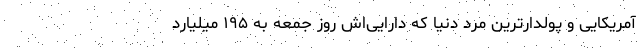
آمریکایی و پولدارترین مرد دنیا که دارایی‌اش روز جمعه به ۱۹۵ میلیارد